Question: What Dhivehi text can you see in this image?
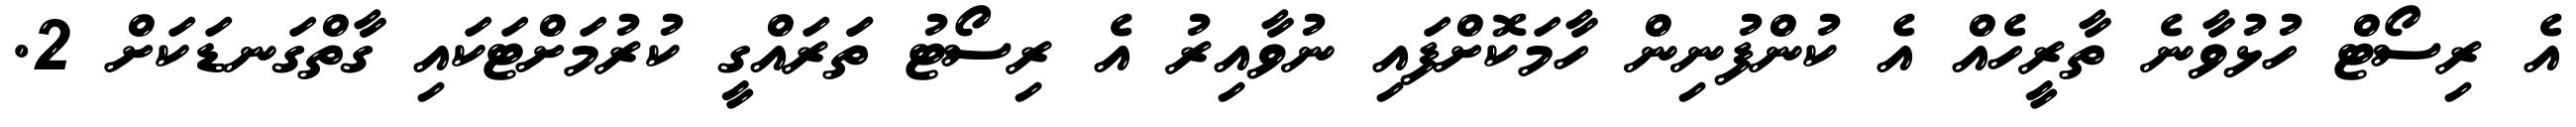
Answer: އެ ރިސޯޓް ހުޅުވާނެ ތާރީހެއް އެ ކުންފުނިން ހާމަކޮށްފައި ނުވާއިރު އެ ރިސޯޓު ތަަރައްގީ ކުރުމަށްޓަކައި ގާތްގަނޑަކަށް 2.